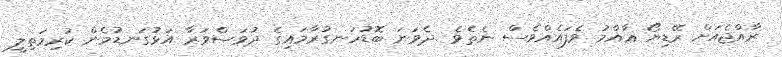
ރާއްޖެއަށް ރޭޑިޔޯ ޢާއްމު ވެފައެއްވެސް ނެތެވެ .ދެވަނަ ބޮޑުހަނގުރާމައިގެ ދުވަސްވަރާ އަޅުގަނޑުމެން ކުރިމަތިލީ